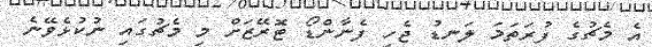
އެ މެޗުގެ ފުރަތަމަ ލަނޑު ޖެހި ފެނާންޑޯ ޓޮރޭޒަށް މި މެޗުގައި ނުކުޅެވޭނެ